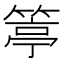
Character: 𥯢